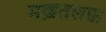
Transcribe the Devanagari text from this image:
मख़तलफ़